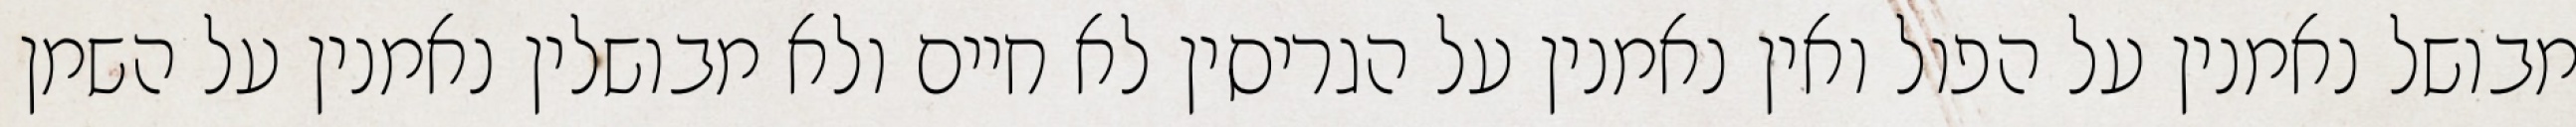
מבושל נאמנין על הפול ואין נאמנין על הגריסין לא חיים ולא מבושלין נאמנין על השמן